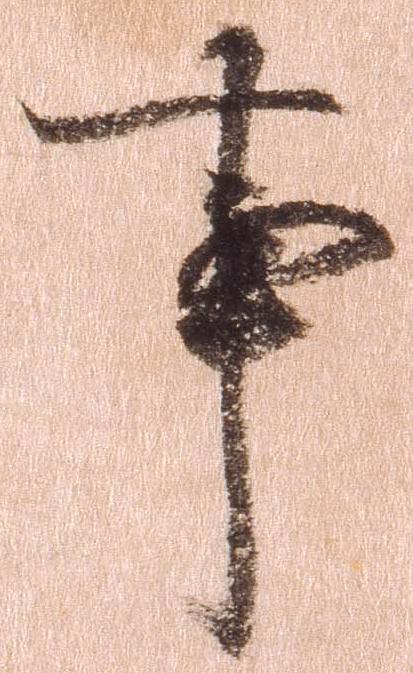
事